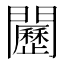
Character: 𨷦